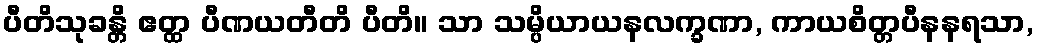
ပီတိသုခန္တိ ဧတ္ထ ပီဏယတီတိ ပီတိ။ သာ သမ္ပိယာယနလက္ခဏာ, ကာယစိတ္တပီနနရသာ,